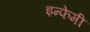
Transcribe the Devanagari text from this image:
इन्फेमी